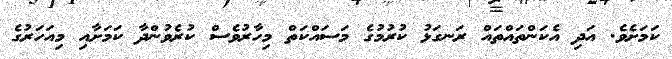
ކަމަށެވެ. އަދި އެކަންތައްތައް ރަނގަޅު ކުރުމުގެ މަސައްކަތް މިހާރުވެސް ކުރެވުންދާ ކަމަށާއި މިއަހަރުގެ